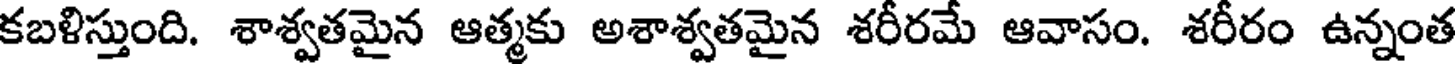
కబళిస్తుంది. శాశ్వతమైన ఆత్మకు అశాశ్వతమైన శరీరమే ఆవాసం. శరీరం ఉన్నంత